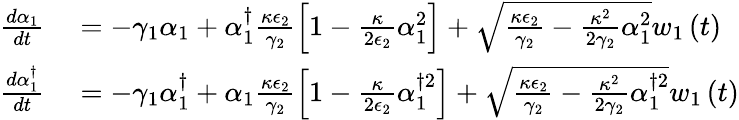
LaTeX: \begin{array}{rl}{\frac{d\alpha_{1}}{dt}}&{{}=-\gamma_{1}\alpha_{1}+\alpha_{1}^{\dagger}\frac{\kappa\epsilon_{2}}{\gamma_{2}}\left[1-\frac{\kappa}{2\epsilon_{2}}\alpha_{1}^{2}\right]+\sqrt{\frac{\kappa\epsilon_{2}}{\gamma_{2}}-\frac{\kappa^{2}}{2\gamma_{2}}\alpha_{1}^{2}}w_{1}\left(t\right)}\\ {\frac{d\alpha_{1}^{\dagger}}{dt}}&{{}=-\gamma_{1}\alpha_{1}^{\dagger}+\alpha_{1}\frac{\kappa\epsilon_{2}}{\gamma_{2}}\left[1-\frac{\kappa}{2\epsilon_{2}}\alpha_{1}^{\dagger 2}\right]+\sqrt{\frac{\kappa\epsilon_{2}}{\gamma_{2}}-\frac{\kappa^{2}}{2\gamma_{2}}\alpha_{1}^{\dagger 2}}w_{1}\left(t\right)}\end{array}